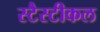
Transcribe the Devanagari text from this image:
स्टैस्टीकल